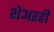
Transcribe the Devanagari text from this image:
शेअरही